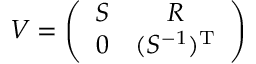
{ \cal { V } } = \left( \begin{array} { c c } { { S } } & { { R } } \\ { { 0 } } & { { ( S ^ { - 1 } ) ^ { \mathrm { T } } } } \end{array} \right)